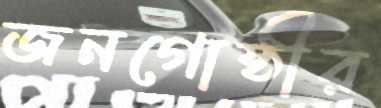
জনগোষ্ঠীর